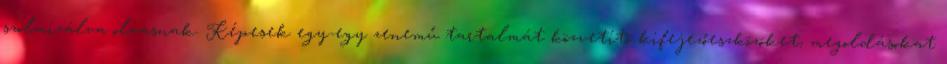
szolmizálva olvasnak. Képesek egy-egy zenemű tartalmát közvetítő kifejezőeszközöket, megoldásokat